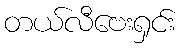
တယ်လီဗေးရှင်း